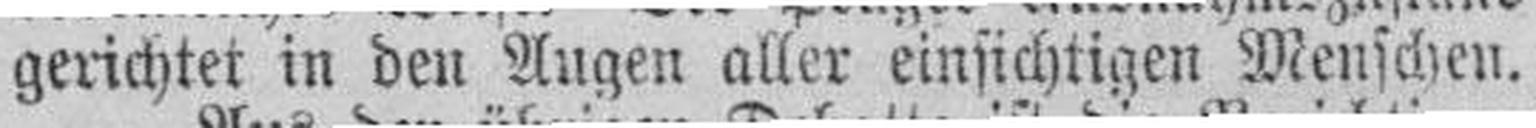
gerichtet in den Augen aller einsichtigen Menschen.